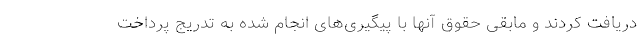
دریافت کردند و مابقی حقوق آنها با پیگیری‌های انجام شده به تدریج پرداخت